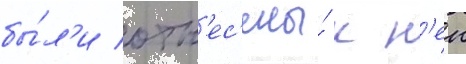
бы́л'и отн'ес'ены́ к н'еи